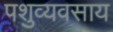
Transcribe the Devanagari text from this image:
पशुव्यवसाय